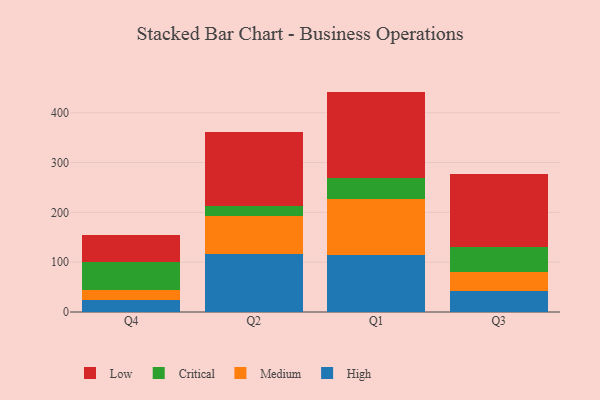
{"axis": {"x": "Quarter", "y": "Page Views"}, "legend": ["Critical", "High", "Low", "Medium"], "data": [{"x": "Q4", "y": 24.4, "type": "High"}, {"x": "Q4", "y": 19.1, "type": "Medium"}, {"x": "Q4", "y": 55.9, "type": "Critical"}, {"x": "Q4", "y": 54.6, "type": "Low"}, {"x": "Q2", "y": 115.6, "type": "High"}, {"x": "Q2", "y": 77.4, "type": "Medium"}, {"x": "Q2", "y": 20.1, "type": "Critical"}, {"x": "Q2", "y": 149.1, "type": "Low"}, {"x": "Q1", "y": 114.4, "type": "High"}, {"x": "Q1", "y": 111.8, "type": "Medium"}, {"x": "Q1", "y": 42.6, "type": "Critical"}, {"x": "Q1", "y": 173.7, "type": "Low"}, {"x": "Q3", "y": 41.7, "type": "High"}, {"x": "Q3", "y": 38.0, "type": "Medium"}, {"x": "Q3", "y": 50.3, "type": "Critical"}, {"x": "Q3", "y": 146.5, "type": "Low"}]}